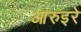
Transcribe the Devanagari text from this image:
आरुइरे